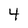
Character: 4